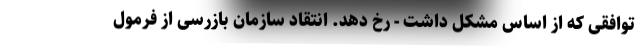
توافقی که از اساس مشکل داشت - رخ دهد. انتقاد سازمان بازرسی از فرمول